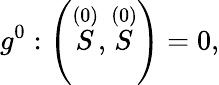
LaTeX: g^{0}:\left(\stackrel{(0)}{S},\stackrel{(0)}{S}\right)=0,